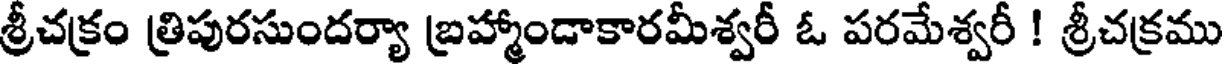
శ్రీచక్రం త్రిపురసుందర్యా బ్రహ్మాండాకారమీశ్వరీ ఓ పరమేశ్వరీ ! శ్రీచక్రము